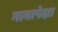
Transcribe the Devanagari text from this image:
गावापेक्षा